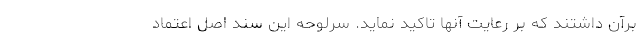
بر‌آن داشتند که بر رعایت آنها تاکید نماید. سرلوحه این سند اصل اعتماد